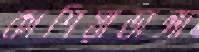
কাশিয়াডাঙ্গা